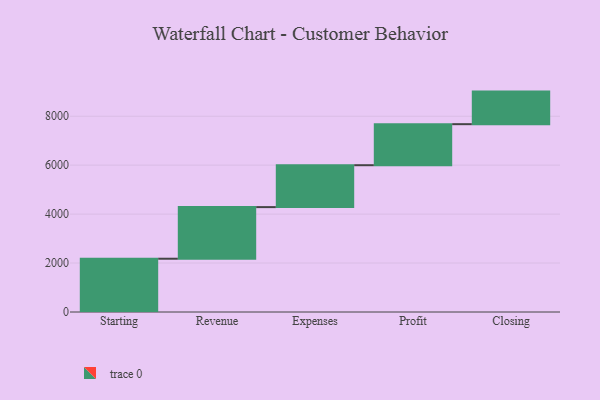
{"axis": {"x": "Step", "y": "Value"}, "legend": [""], "data": [{"x": "Starting", "y": 2177.0, "type": ""}, {"x": "Revenue", "y": 2109.0, "type": ""}, {"x": "Expenses", "y": 1712.0, "type": ""}, {"x": "Profit", "y": 1677.0, "type": ""}, {"x": "Closing", "y": 1331.0, "type": ""}]}